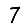
Digit: 7